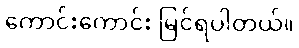
ကောင်းကောင်း မြင်ရပါတယ်။